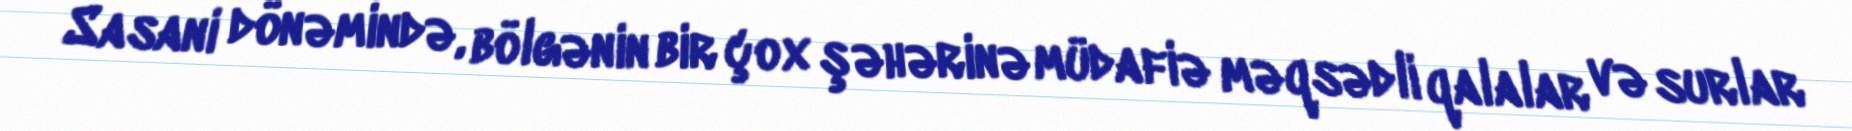
Sasani dönəmində, bölgənin bir çox şəhərinə müdafiə məqsədli qalalar və surlar